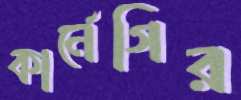
কার্নেগির